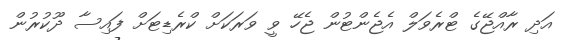
އަދި ރާއްޖޭގެ ޓްރެވަލް އެޖެންޓުން ޖެހޭ ވީ ވަރަކަށް ކްރެޑިޓަށް ފައިސާ ދޫކުރުން